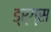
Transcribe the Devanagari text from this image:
ड्र्ग्स